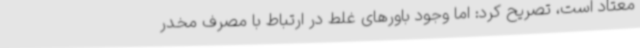
معتاد است، تصریح کرد: اما وجود باورهای غلط در ارتباط با مصرف مخدر